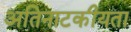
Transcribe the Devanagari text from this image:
अतिनाटकीयता